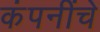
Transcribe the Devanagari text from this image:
कंपनींचे